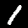
Digit: 1